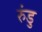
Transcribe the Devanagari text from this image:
रुंडु